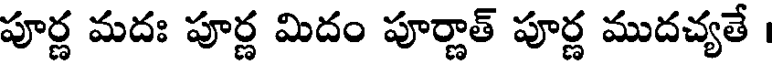
పూర్ణ మదః పూర్ణ మిదం పూర్ణాత్ పూర్ణ ముదచ్యతే ।